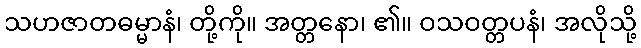
သဟဇာတဓမ္မာနံ၊ တို့ကို။ အတ္တနော၊ ၏။ ဝသဝတ္တပနံ၊ အလိုသို့